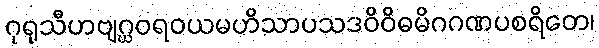
ဂုရုသီဟဗျဂ္ဃဝရဝယမဟိသာပသဒဝိဝိဓမိဂဂဏပစရိတေ၊